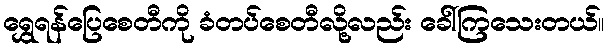
ရွှေရန်ပြေစေတီကို ခံတပ်စေတီလို့လည်း ခေါ်ကြသေးတယ်။